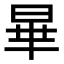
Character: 𪰞